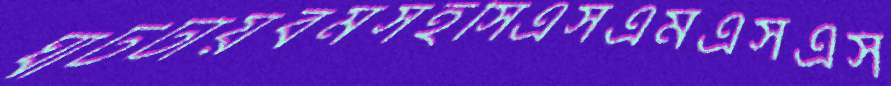
ঘাটটায়বমসহসিএসএমএসএস